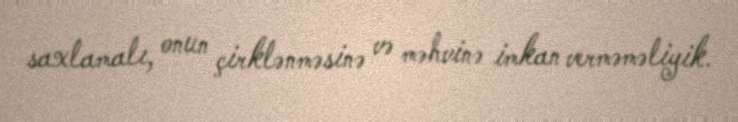
saxlamalı, onun çirklənməsinə və məhvinə imkan verməməliyik.